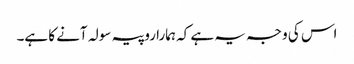
اس کی وجہ یہ ہے کہ ہمارا روپیہ سولہ آنے کا ہے۔